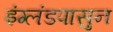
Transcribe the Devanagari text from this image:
इंग्लंडपासुन